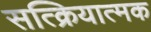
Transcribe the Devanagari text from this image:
सत्क्रियात्मक